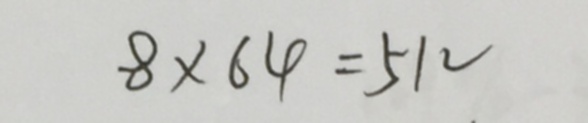
8 \times 6 4 = 5 1 2